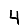
Digit: 4